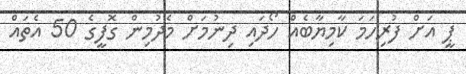
ޕީ އަށް ފުރިހަމަ ކާމިޔާބެއް ހޯދައި ދިނުމަށް މެދުމިން ގޮފީގެ 50 އެތައް